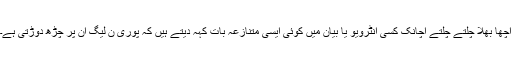
اچھا بھلا چلتے چلتے اچانک کسی انٹرویو یا بیان میں کوئی ایسی متنازعہ بات کہہ دیتے ہیں کہ پوری ن لیگ ان پر چڑھ دوڑتی ہے۔